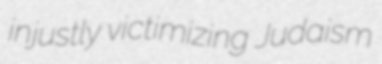
injustly victimizing Judaism